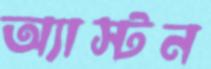
অ্যাস্টন